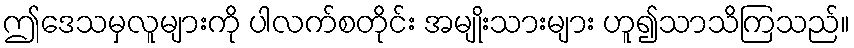
ဤဒေသမှလူများကို ပါလက်စတိုင်း အမျိုးသားများ ဟူ၍သာသိကြသည်။